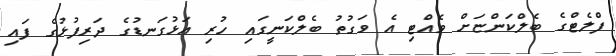
ފްލެޓްގެ ބެލްކަންޏަށް ވެއްޓި އެ ވަގުތު ބެލްކަނީގައި ހުރި އަޅުގަނޑުގެ ދަރިފުޅުގެ ފައި